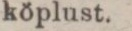
köplust.